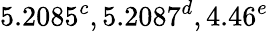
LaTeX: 5.2085^{c},5.2087^{d},4.46^{e}